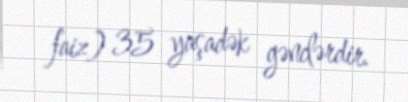
faiz) 35 yaşadək gənclərdir.